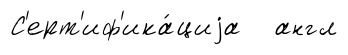
С'ерт'иф'ика́циjа англ